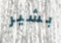
بشير